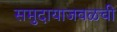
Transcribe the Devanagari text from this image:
समुदायाजवळची